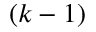
( k - 1 )